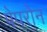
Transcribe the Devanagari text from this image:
पेपरोन